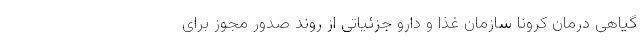
گیاهی درمان کرونا سازمان غذا و دارو جزئیاتی از روند صدور مجوز برای